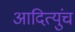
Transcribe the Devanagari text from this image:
आदित्युंच